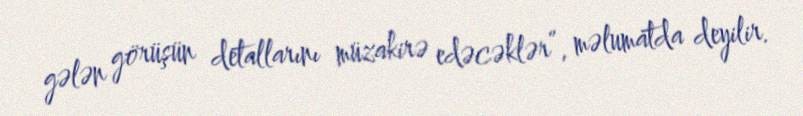
gələn görüşün detallarını müzakirə edəcəklər”, məlumatda deyilir.